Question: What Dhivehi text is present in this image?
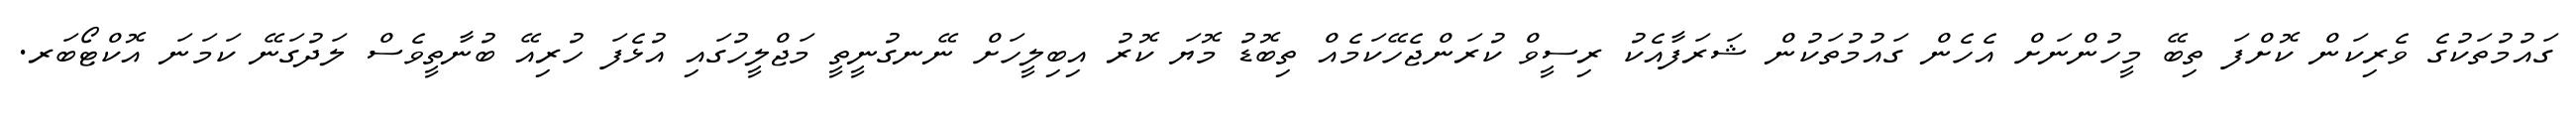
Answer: ގައުމުތަކުގެ ވެރިކަން ކޮށްފަ ތިބޭ މީހުންނަށް އެހެން ގައުމުތަކުން ޝަރަފާއެކު ރިސީވް ކުރަންޖެހޭކަމެއް ތިބޮޑު މޮޔަ ކޮރު އިބިލީހަށް ނޭނގުނީތީ މަޖްލީހުގައި އުޅެފަ ހުރިއޭ ބުނާތީވެސް ލަދުގަނޭ ކަމަނަ އޮކްޓޯބަރ.